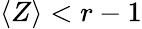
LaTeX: \left<Z\right><r-1